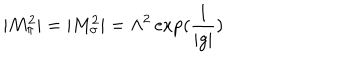
LaTeX: | M _ { \pi } ^ { 2 } | = | M _ { \sigma } ^ { 2 } | = \Lambda ^ { 2 } \exp ( \frac { 1 } { | g | } )